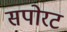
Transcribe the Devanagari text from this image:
सपोरट